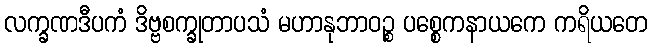
လက္ခဏဒီပကံ ဒိဗ္ဗစက္ခုတာပသံ မဟာနုဘာဝဉ္စ ပစ္စေကနာယကေ ကရိယတေ